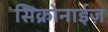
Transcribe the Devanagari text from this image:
सिक्रोनाईज़